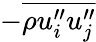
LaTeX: -\overline{{\rho u_{i}^{\prime\prime}u_{j}^{\prime\prime}}}